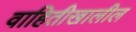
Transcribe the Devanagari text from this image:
वाहितीखालील